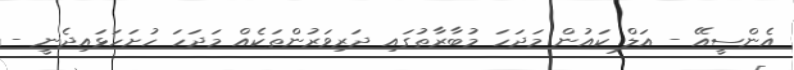
އެންސީއޭ - އަލް ކައުން މަދަހަ މުބާރާތުގައި ދަރިވަރުންތަކެއް މަދަހަ ހުށަހަޅައިދެނީ -